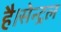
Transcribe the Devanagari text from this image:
है।सेन्ट्रल